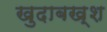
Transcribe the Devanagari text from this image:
खुदाबख्श